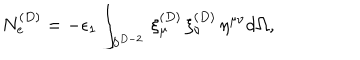
N _ { e } ^ { ( D ) } = - \epsilon _ { 1 } \int _ { S ^ { D - 2 } } \, \xi _ { \mu } ^ { ( D ) } \, \xi _ { \nu } ^ { ( D ) } \, \eta ^ { \mu \nu } d \Omega ,